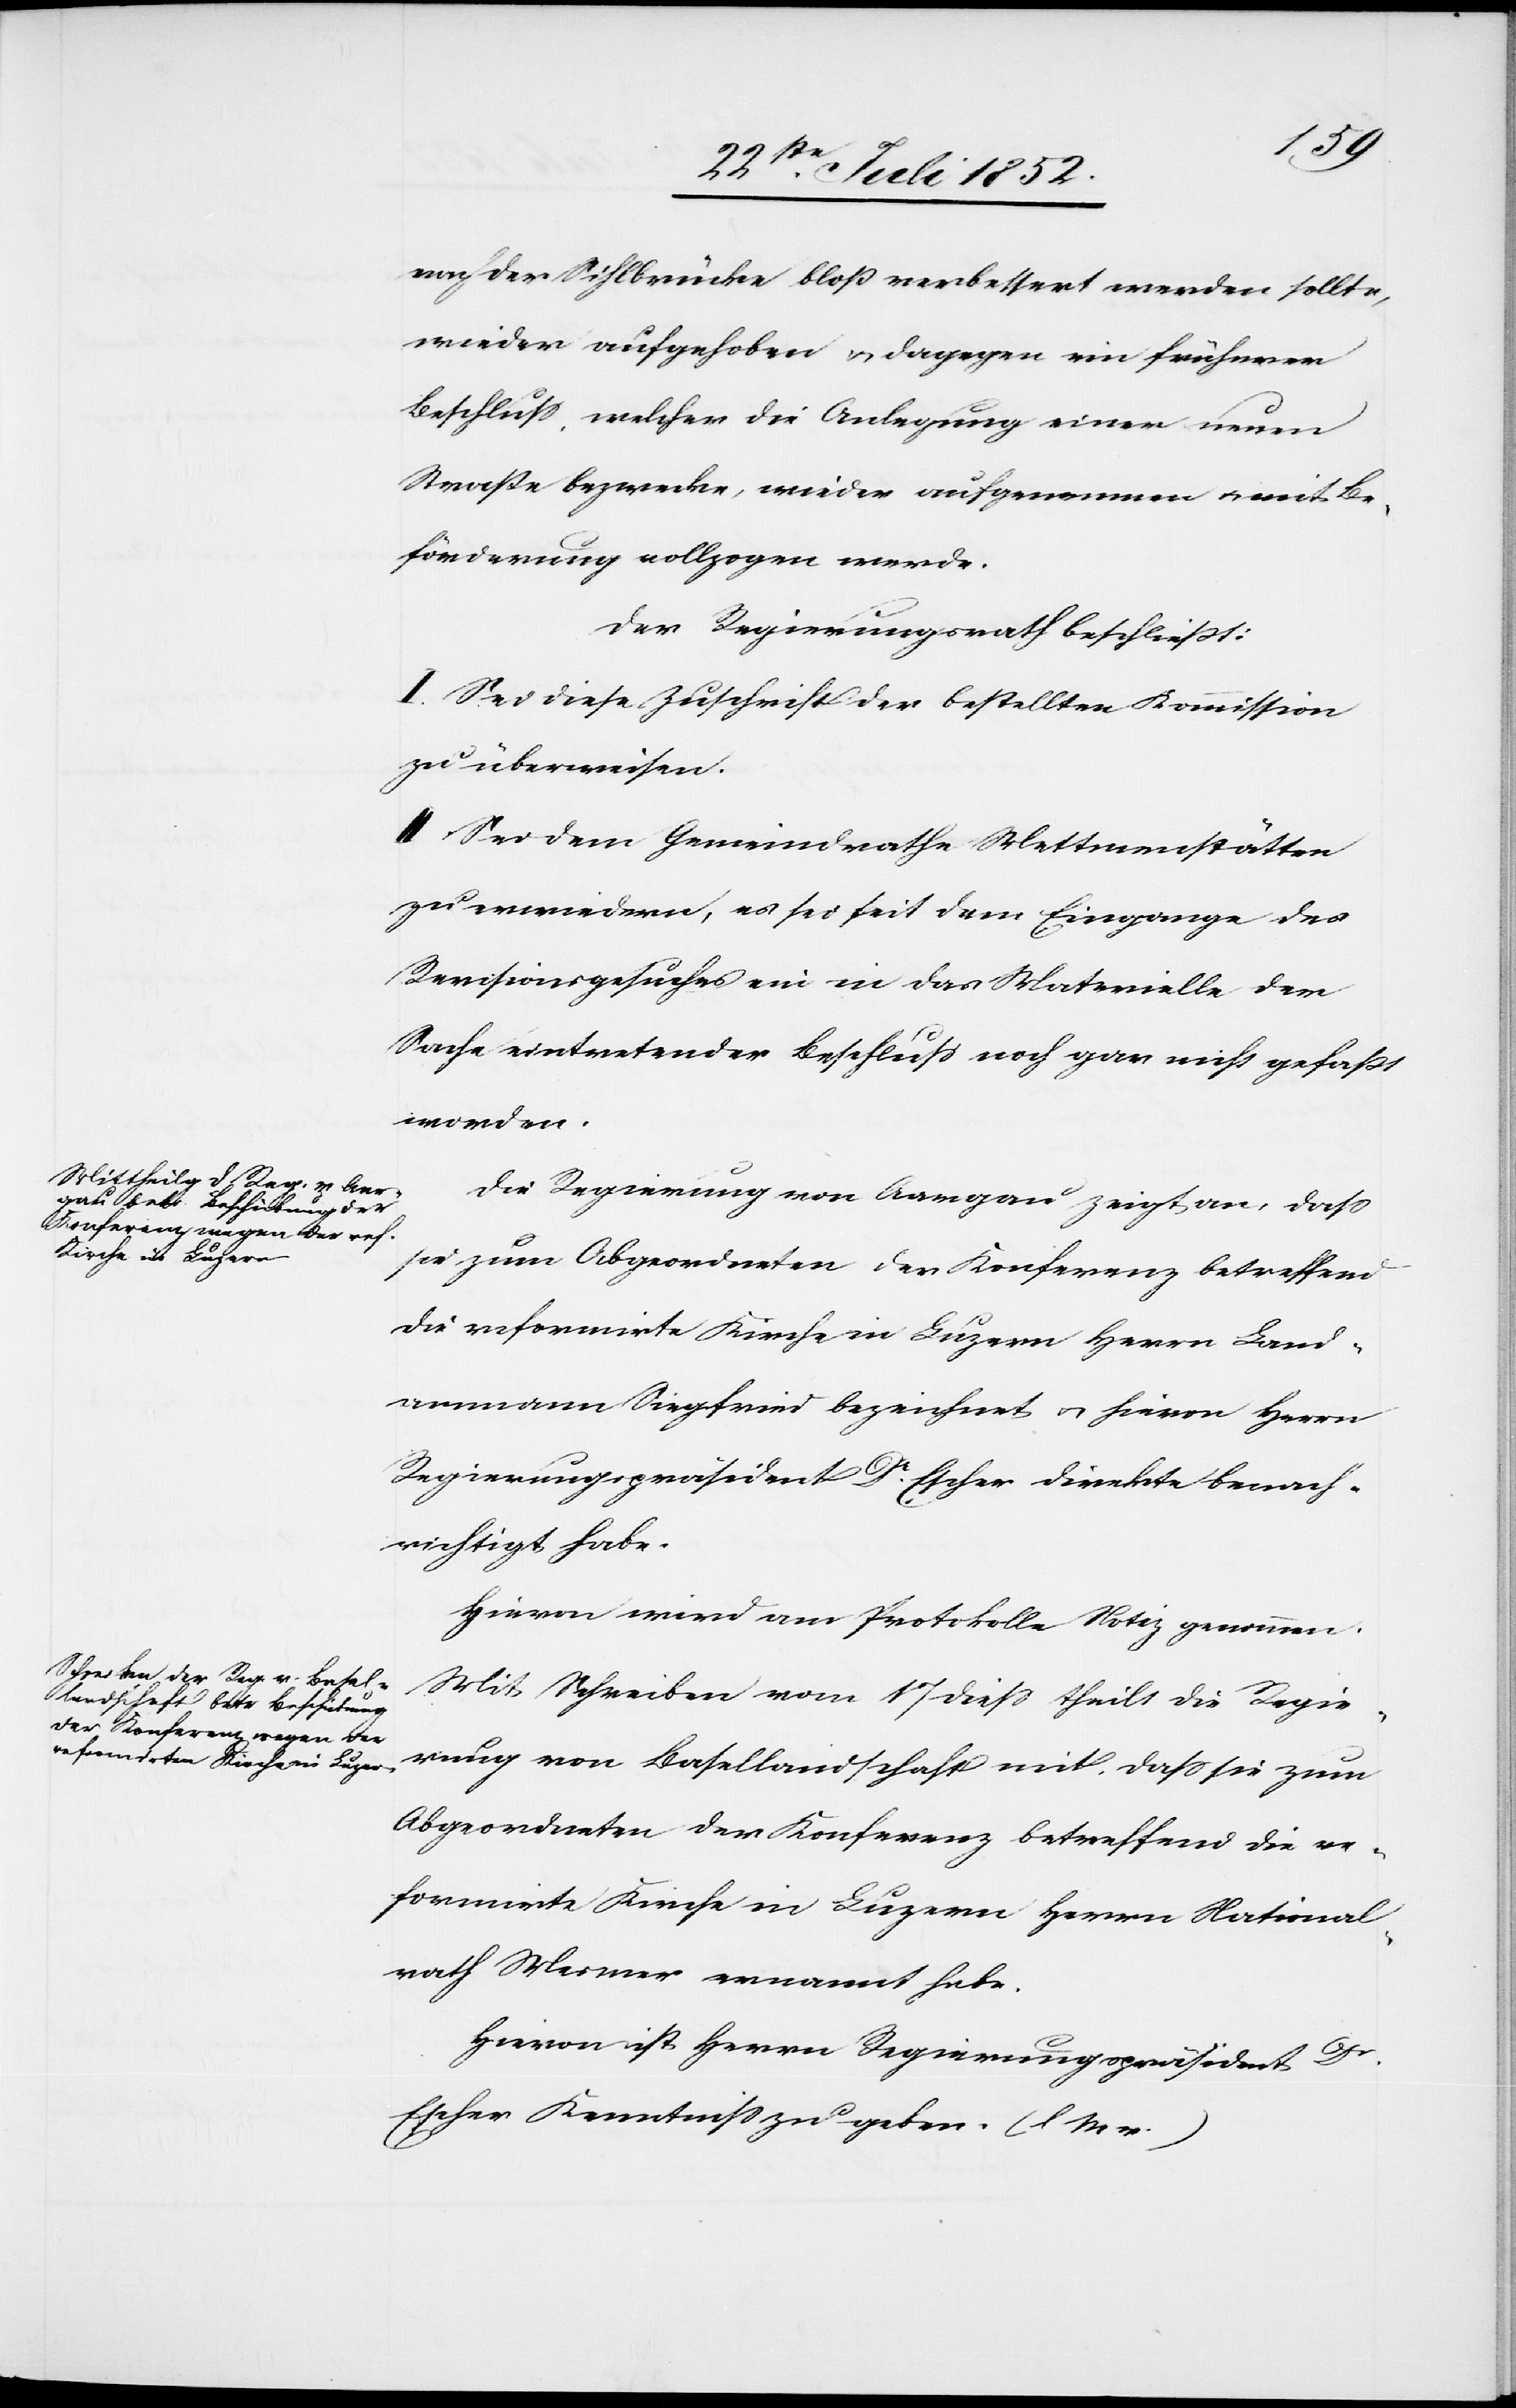
nach der Sihlbrücke bloß verbessert werden sollte,
wieder aufgehoben & dagegen ein früherer
Beschluss, welcher die Anlegung einer neuen
Straße bezwecke, wieder aufgenommen & mit Be¬
förderung vollzogen werde[n].
Der Regierungsrath beschließt:
I. Sei diese Zuschrift der bestellten Kommission
zu überweisen.
II Sei dem Gemeindrathe Mettmenstätten
zu erwiedern, es sei seit dem Eingange des
Revisionsgesuches ein in das Materielle der
Sache eintretender Beschluß noch gar nicht gefaßt
worden.
Die Regierung von Aargau zeigt an, dass
sie zum Abgeordneten der Konferenz betreffend
die reformirte Kirche in Luzern Herrn Land¬
ammann Siegfried bezeichnet & hievon Herrn
Regierungspräsident Dr. Escher direkte benach¬
richtigt habe.
Hievon wird am Protokolle Notiz genommen.
Mit Schreiben vom 17 diess theilt die Regie¬
rung von Basellandschaft mit, dass sie zum
Abgeordneten der Konferenz betreffend die re¬
formirte Kirche in Luzern Herrn National¬
rath Mesmer ernannt habe.
Hievon ist Herrn Regierungspräsident Dr.
Escher Kenntniss zu geben. (l M v. …)